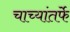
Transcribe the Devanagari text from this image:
चाच्यांतर्फे